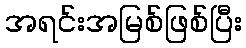
အရင်းအမြစ်ဖြစ်ပြီး